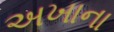
અખાના